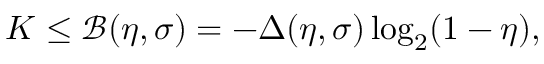
K \leq \mathcal { B } ( \eta , \sigma ) = - \Delta ( \eta , \sigma ) \log _ { 2 } ( 1 - \eta ) ,